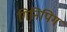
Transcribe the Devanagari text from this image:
गिनिपिग